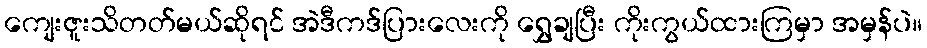
ကျေးဇူးသိတတ်မယ်ဆိုရင် အဲဒီကဒ်ပြားလေးကို ရွှေချပြီး ကိုးကွယ်ထားကြမှာ အမှန်ပဲ။